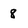
Character: 8